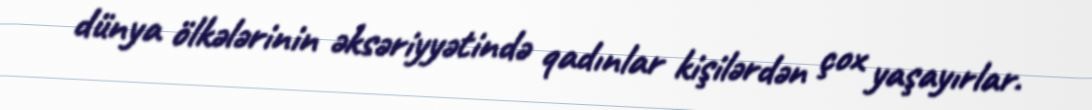
dünya ölkələrinin əksəriyyətində qadınlar kişilərdən çox yaşayırlar.